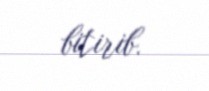
bitirib.